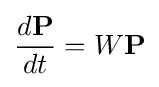
{\frac {d\mathbf {P} }{dt}}=W\mathbf {P}